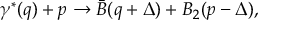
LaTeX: \gamma ^ { * } ( q ) + p \to \bar { B } ( q + \Delta ) + B _ { 2 } ( p - \Delta ) ,